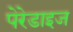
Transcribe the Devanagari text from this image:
पेरेडाइज